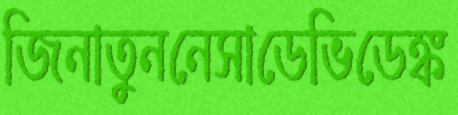
জিনাতুননেসাডেভিডেঙ্ক